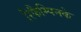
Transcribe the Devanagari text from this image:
रिफैम्पिनके